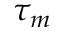
\tau _ { m }